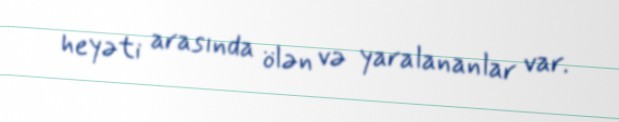
heyəti arasında ölən və yaralananlar var.